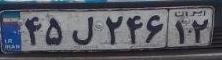
۴۵ل۲۴۶۱۲